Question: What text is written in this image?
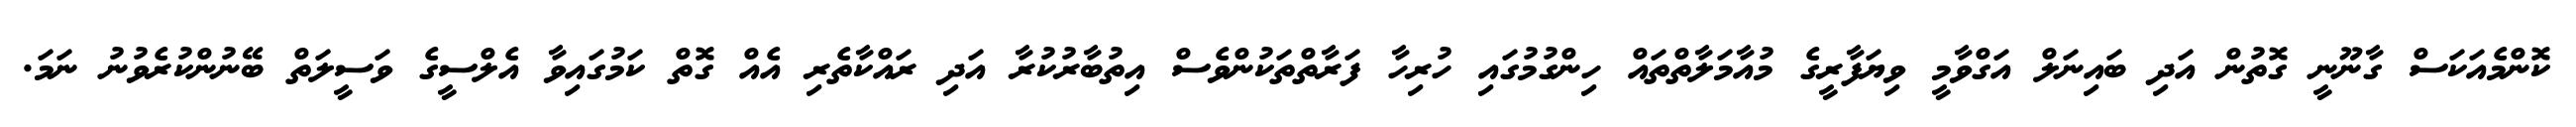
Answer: ކޮންމެއަކަސް ގާނޫނީ ގޮތުން އަދި ބައިނަލް އަގްވާމީ ވިޔަފާރީގެ މުއާމަލާތްތައް ހިންގުމުގައި ހުރިހާ ފަރާތްތަކުންވެސް އިތުބާރުކުރާ އަދި ރައްކާތެރި އެއް ގޮތް ކަމުގައިވާ އެލްސީގެ ވަސީލަތް ބޭނުންކުރެވުނު ނަމަ.